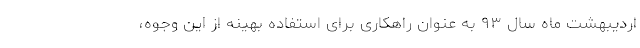
اردیبهشت ماه سال ۹۳ به‌ عنوان راهکاری برای استفاده بهینه از این وجوه،